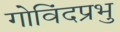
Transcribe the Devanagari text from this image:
गोविंदप्रभु